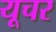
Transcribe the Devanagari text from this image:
यूचर